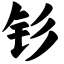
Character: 钐